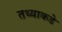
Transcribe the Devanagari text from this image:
तथ्याकडे